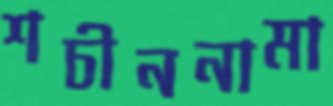
শচীননামা